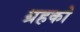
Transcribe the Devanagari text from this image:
ग्रहको